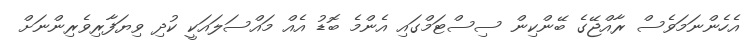
އެހެންނަމަވެސް ރާއްޖޭގެ ބޭންކިން ސިސްޓަމްގައި އެންމެ ބޮޑު އެއް މައްސަލައަކީ ކުދި ވިޔަފާރިވެރިންނަށް